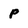
Character: P